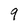
Character: 9